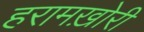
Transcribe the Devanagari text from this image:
हरामख़ोरी